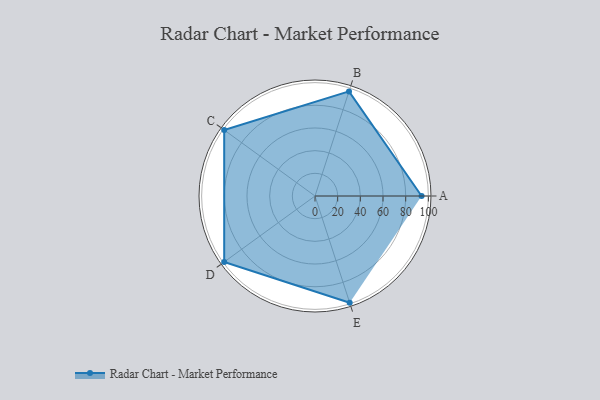
{"axis": {"x": "Skill", "y": "Score"}, "legend": ["Profile"], "data": [{"x": "A", "y": 94.0, "type": "Profile"}, {"x": "B", "y": 97.0, "type": "Profile"}, {"x": "C", "y": 99, "type": "Profile"}, {"x": "D", "y": 99, "type": "Profile"}, {"x": "E", "y": 99, "type": "Profile"}]}